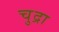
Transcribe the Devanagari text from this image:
चुद्रा